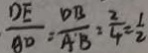
\frac { D E } { A D } = \frac { D B } { A ^ { \prime } B } = \frac { 2 } { 4 } = \frac { 1 } { 2 }